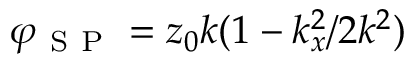
\varphi _ { \mathrm { ~ S ~ P ~ } } = z _ { 0 } k ( 1 - k _ { x } ^ { 2 } / 2 k ^ { 2 } )